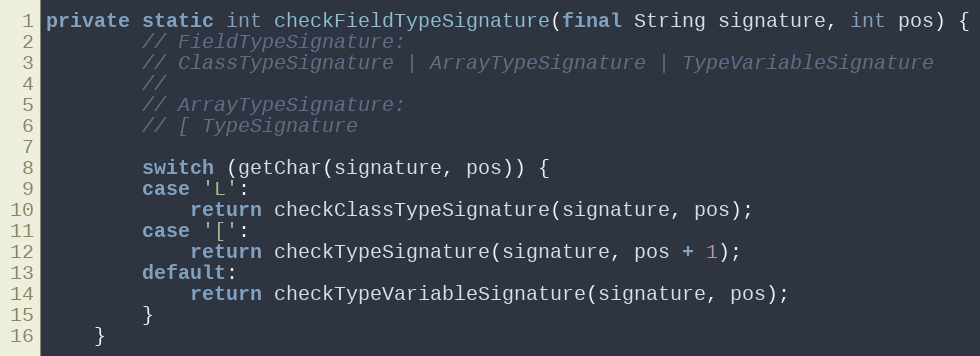
Language: Java
private static int checkFieldTypeSignature(final String signature, int pos) {
        // FieldTypeSignature:
        // ClassTypeSignature | ArrayTypeSignature | TypeVariableSignature
        //
        // ArrayTypeSignature:
        // [ TypeSignature

        switch (getChar(signature, pos)) {
        case 'L':
            return checkClassTypeSignature(signature, pos);
        case '[':
            return checkTypeSignature(signature, pos + 1);
        default:
            return checkTypeVariableSignature(signature, pos);
        }
    }